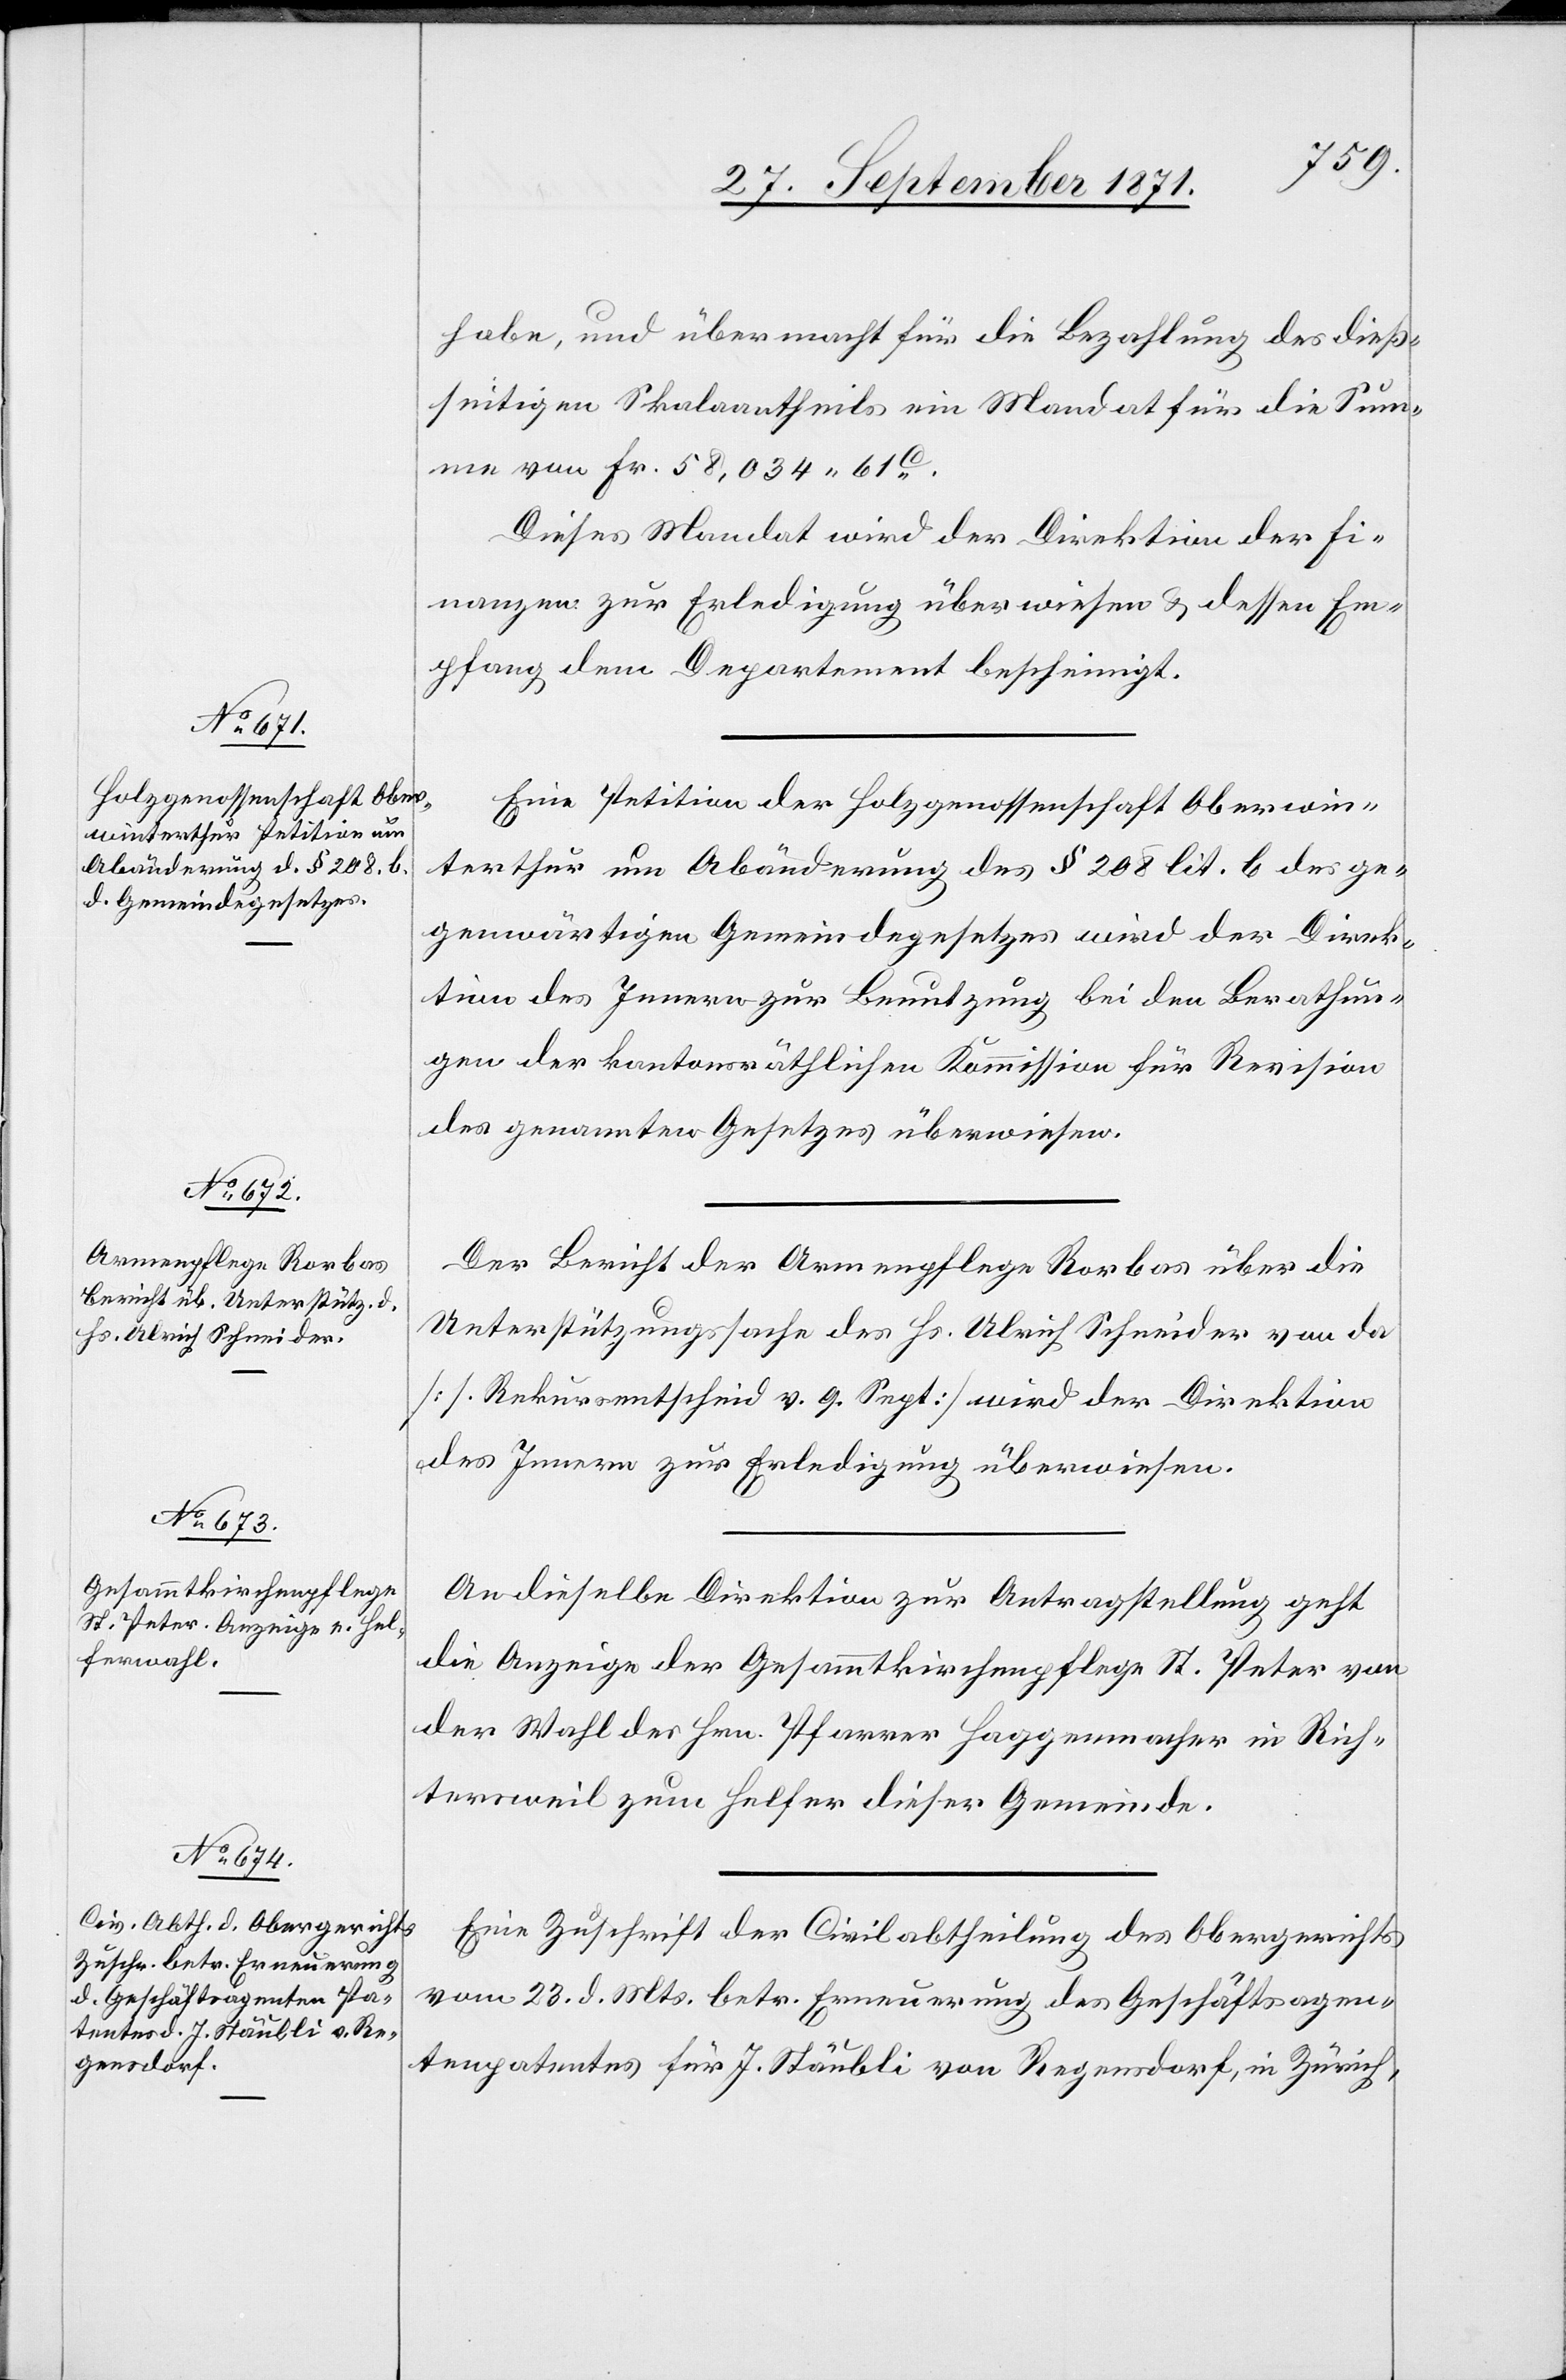
27. September 1871.]
habe, und übermacht für die Bezahlung des dieß¬
seitigen Skalaantheils ein Mandat für die Sum¬
me von Fr. 58,034.61C.
Dieses Mandat wird der Direktion der Fi¬
nanzen zur Erledigung überwiesen & dessen Em¬
pfang dem Departement bescheinigt.
Eine Petition der Holzgenossenschaft Oberwin¬
terthur um Abänderung des § 208 lit. b. des ge¬
genwärtigen Gemeindegesetzes wird der Direk¬
tion des Innern zur Benutzung bei den Berathun¬
gen der kantonsräthlichen Kommission für Revision
des genannten Gesetzes überwiesen.
Der Bericht der Armenpflege Rorbas über die
Unterstützungssache des Hr. Ulrich Schneider von da
[s. Rekursentscheid v. 9. Sept] wird der Direktion
des Innern zur Erledigung überwiesen.
An dieselbe Direktion zur Antragstellung geht
die Anzeige der Gesammtkirchenpflege St. Peter von
der Wahl des Hrn. Pfarrer Haggenmacher in Rich¬
tersweil zum Helfer dieser Gemeinde.
Eine Zuschrift der Civilabtheilung des Obergerichts
vom 23. d. Mts. betr. Erneuerung des Geschäftsagen¬
tenpatentes für J. Stäubli von Regensdorf, in Zürich,